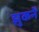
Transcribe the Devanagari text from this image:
झुकनें